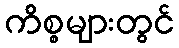
ကိစ္စများတွင်